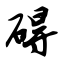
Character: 碍